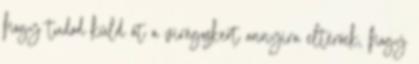
hogy tudod küld át a virágoskert annyira eltérőek, hogy